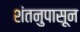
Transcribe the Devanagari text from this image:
शंतनुपासून